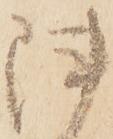
陣